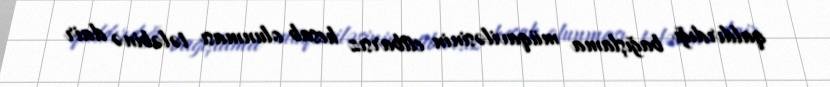
qaldırdığı bağışlama müqaviləsinin etibarsız hesab olunması tələbinə dair